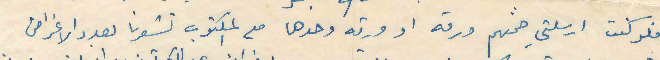
فلو كنت ارسلتىِ ضمنهم ورقه او ورقه وحدها مع المكتوب تشعرنا بعدد الاغراض